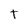
Character: T